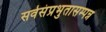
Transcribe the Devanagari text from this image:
सर्वसंप्रभुतासम्पन्न